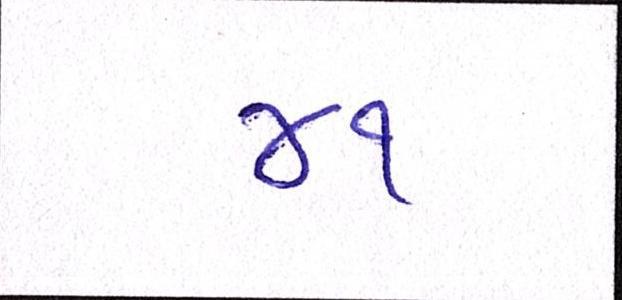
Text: ૪૧